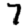
Digit: 7